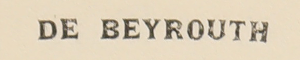
DE BEYROUTH